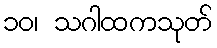
၁၀၊ သဂါထကသုတ်